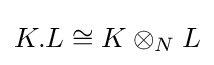
K.L\cong K\otimes _{N}L